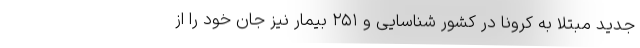
جدید مبتلا به کرونا در کشور شناسایی و ۲۵۱ بیمار نیز جان خود را از